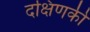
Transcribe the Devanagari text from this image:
दक्षिणकी